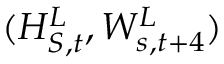
( H _ { S , t } ^ { L } , W _ { s , t + 4 } ^ { L } )